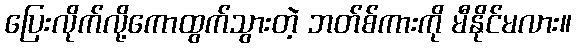
ပြေးလိုက်လို့ကောထွက်သွားတဲ့ ဘတ်စ်ကားကို မီနိုင်မလား။